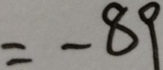
= - 8 9